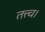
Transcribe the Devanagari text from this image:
तत्त्व।